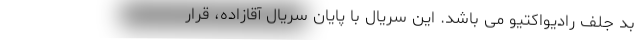
بد جلف رادیواکتیو می باشد. این سریال با پایان سریال آقازاده، قرار